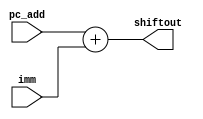
module adder( pc_add, imm, shiftout);
  input [15:0] pc_add;
  input [15:0] imm;
  output [15:0] shiftout;
  assign shiftout = pc_add + imm;
endmodule